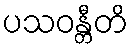
ပသဝန္တီတိ